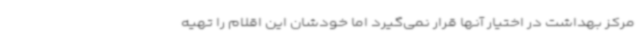
مرکز بهداشت در اختیار آنها قرار نمی‌گیرد اما خودشان این اقلام را تهیه